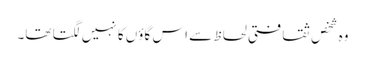
وہ شخص ثقافتی لحاظ سے اس گاؤں کا نہیں لگتا تھا۔